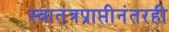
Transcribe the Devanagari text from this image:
स्वातंत्रप्राप्तीनंतरही